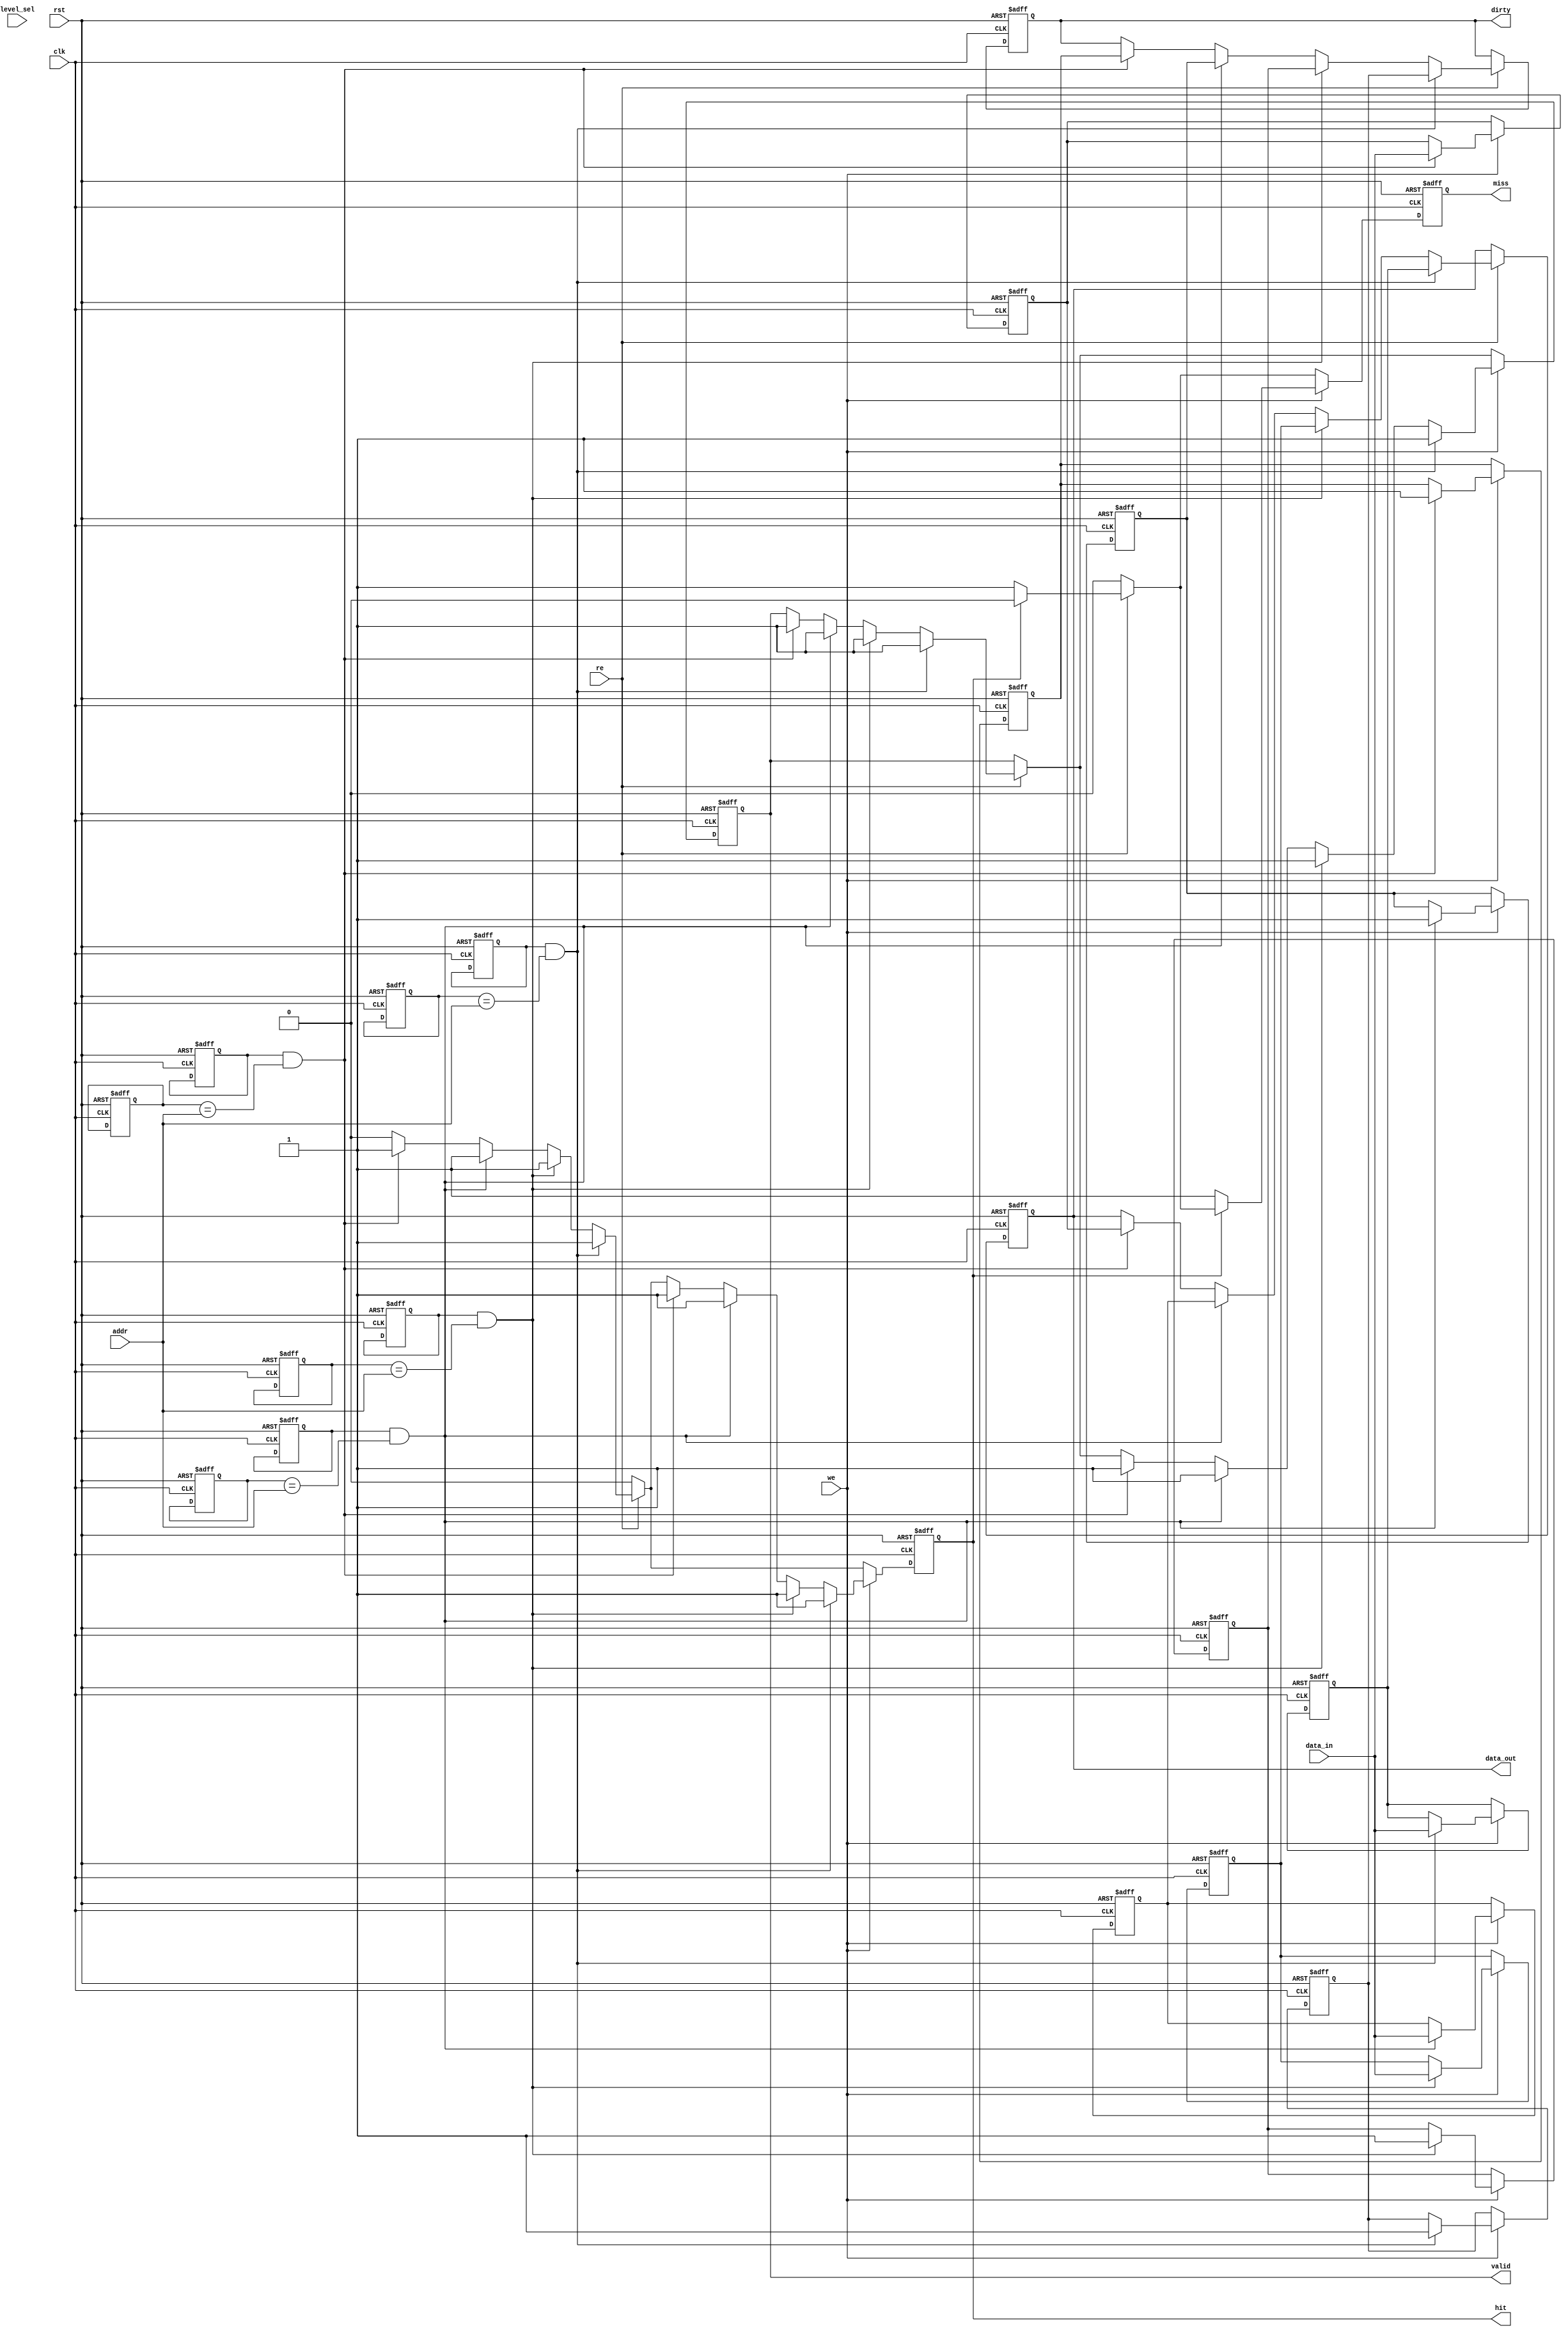
module multi_level_cache_io (
    input wire clk,
    input wire rst,
    input wire [31:0] addr,        // 32-bit address
    input wire [31:0] data_in,     // 32-bit data input
    input wire we,                 // Write enable
    input wire re,                 // Read enable
    input wire [1:0] level_sel,    // Cache level select (2 bits for L1, L2, L3)
    output reg [31:0] data_out,    // 32-bit data output
    output reg hit,                // Hit signal
    output reg miss,               // Miss signal
    output reg dirty,              // Dirty bit
    output reg valid                // Valid bit
);

    // Cache line structure
    reg [31:0] cache_data [0:3];   // Example cache data array (4 lines)
    reg [31:0] cache_addr [0:3];    // Cache address tags
    reg valid_bits [0:3];           // Valid bits for cache lines
    reg dirty_bits [0:3];           // Dirty bits for cache lines

    integer i;

    // Cache operation
    always @(posedge clk or posedge rst) begin
        if (rst) begin
            // Reset all cache lines
            for (i = 0; i < 4; i = i + 1) begin
                cache_data[i] <= 32'b0;
                cache_addr[i] <= 32'b0;
                valid_bits[i] <= 1'b0;
                dirty_bits[i] <= 1'b0;
            end
            data_out <= 32'b0;
            hit <= 1'b0;
            miss <= 1'b0;
            dirty <= 1'b0;
            valid <= 1'b0;
        end else begin
            hit <= 1'b0;
            miss <= 1'b0;

            // Read operation
            if (re) begin
                for (i = 0; i < 4; i = i + 1) begin
                    if (valid_bits[i] && (cache_addr[i] == addr)) begin
                        data_out <= cache_data[i];
                        hit <= 1'b1;
                        valid <= 1'b1;
                        dirty <= dirty_bits[i];
                    end
                end
                if (!hit) begin
                    miss <= 1'b1; // Miss if no valid entry matches
                end
            end

            // Write operation
            if (we) begin
                for (i = 0; i < 4; i = i + 1) begin
                    if (valid_bits[i] && (cache_addr[i] == addr)) begin
                        cache_data[i] <= data_in;
                        dirty_bits[i] <= 1'b1; // Mark as dirty
                        hit <= 1'b1;
                        valid <= 1'b1;
                    end
                end
                if (!hit) begin
                    // Handle cache write miss (not implemented in this example)
                    miss <= 1'b1;
                end
            end
        end
    end

endmodule